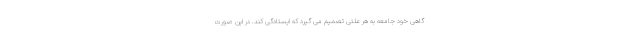
گاهی خود جامعه به هر علتی تصمیم می گیرد که ایستادگی کند. در این صورت